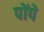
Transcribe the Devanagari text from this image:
पोंपे